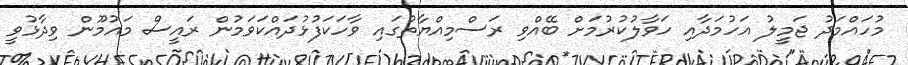
މުހައްމަދު ޖަމީލު އަހުމަދާއި ހަވާލުކުރުމަށް ބޭއްވި ރަސްމިއްޔާތުގައި ވާހަކަފުޅުދައްކަވަމުން ރައީސް މައުމޫން ވިދާޅުވީ